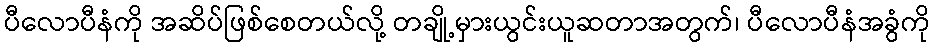
ပီလောပီနံကို အဆိပ်ဖြစ်စေတယ်လို့ တချို့မှားယွင်းယူဆတာအတွက်၊ ပီလောပီနံအခွံကို